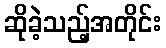
ဆိုခဲ့သည့်အတိုင်း